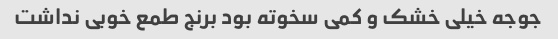
جوجه خیلی خشک و کمی سخوته بود برنج طمع خوبی نداشت